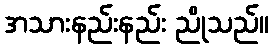
အသားနည်းနည်း ညိုသည်။